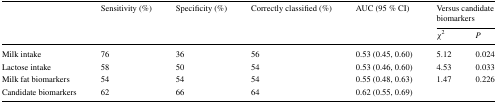
<table><thead><tr><td rowspan="2"></td><td rowspan="2"><b>Sensitivity (%)</b></td><td rowspan="2"><b>Specificity (%)</b></td><td rowspan="2"><b>Correctly classified (%)</b></td><td rowspan="2"><b>AUC (95 % CI)</b></td><td colspan="2"><b>Versus candidate biomarkers</b></td></tr><tr><td><b><i>χ</i><sup>2</sup></b></td><td><b><i>P</i></b></td></tr></thead><tbody><tr><td>Milk intake</td><td>76</td><td>36</td><td>56</td><td>0.53 (0.45, 0.60)</td><td>5.12</td><td>0.024</td></tr><tr><td>Lactose intake</td><td>58</td><td>50</td><td>54</td><td>0.53 (0.46, 0.60)</td><td>4.53</td><td>0.033</td></tr><tr><td>Milk fat biomarkers</td><td>54</td><td>54</td><td>54</td><td>0.55 (0.48, 0.63)</td><td>1.47</td><td>0.226</td></tr><tr><td>Candidate biomarkers</td><td>62</td><td>66</td><td>64</td><td>0.62 (0.55, 0.69)</td><td></td><td></td></tr></tbody></table>